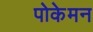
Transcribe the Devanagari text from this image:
पोकेमन